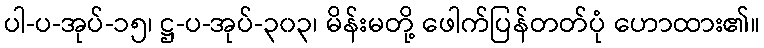
ပါ-ပ-အုပ်-၁၅၊ ဋ္ဌ-ပ-အုပ်-၃၀၃၊ မိန်းမတို့ ဖေါက်ပြန်တတ်ပုံ ဟောထား၏။